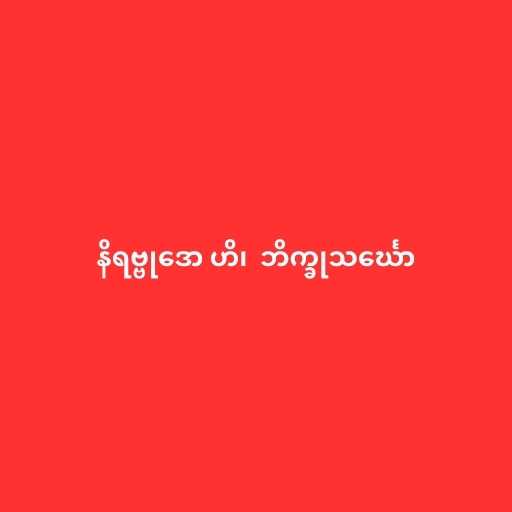
နိရဗ္ဗုဒော ဟိ၊  ဘိက္ခုသင်္ဃော